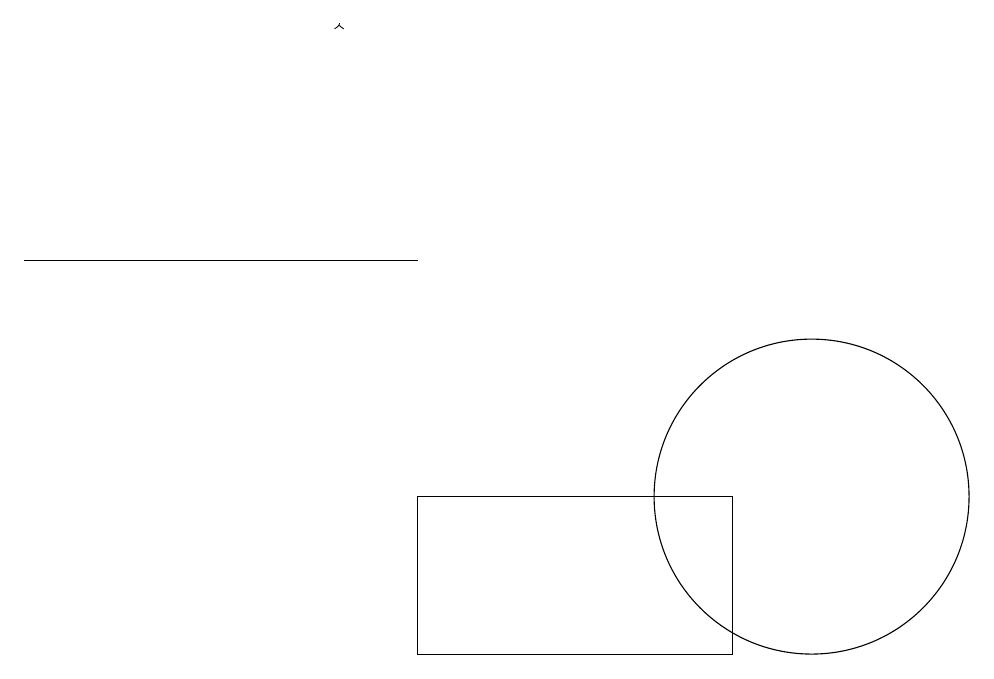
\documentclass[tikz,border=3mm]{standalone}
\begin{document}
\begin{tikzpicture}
\draw (5,12) rectangle (9,10);
\draw (0,15) rectangle (5,15);
\draw[->] (4,18) -- (4,18);
\draw (10,12) circle (2);
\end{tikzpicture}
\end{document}